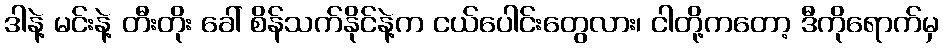
ဒါနဲ့ မင်းနဲ့ တီးတိုး ခေါ် စိန်သက်နိုင်နဲ့က ငယ်ပေါင်းတွေလား၊ ငါတို့ကတော့ ဒီကိုရောက်မှ